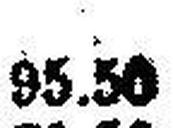
95.50